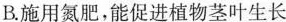
B.施用氮肥，能促进植物茎叶生长